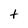
Character: t